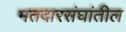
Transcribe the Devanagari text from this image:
मतदारसंघांतील